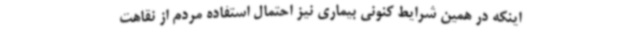
اینکه در همین شرایط کنونی بیماری نیز احتمال استفاده مردم از نقاهت